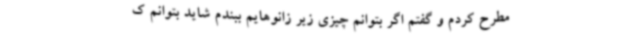
مطرح کردم و گفتم اگر بتوانم چیزی زیر زانوهایم ببندم شاید بتوانم ک